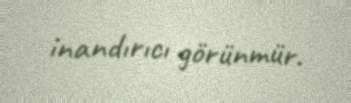
inandırıcı görünmür.